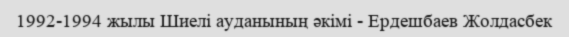
1992-1994 жылы Шиелі ауданының әкімі - Ердешбаев Жолдасбек